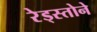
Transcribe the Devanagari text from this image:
रेड्स्तोने